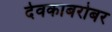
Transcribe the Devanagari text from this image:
देवकाबरोबर